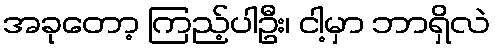
အခုတော့ ကြည့်ပါဦး၊ ငါ့မှာ ဘာရှိလဲ